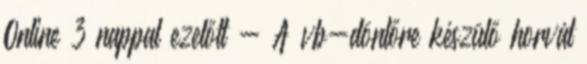
Online 3 nappal ezelőtt - A vb-döntőre készülő horvát